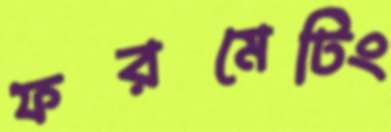
ফরমেটিং